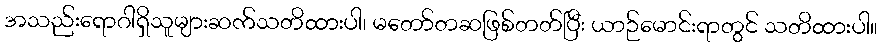
အသည်းရောဂါရှိသူများဆက်သတိထားပါ၊ မတော်တဆဖြစ်တတ်ပြီး ယာဉ်မောင်းရာတွင် သတိထားပါ။